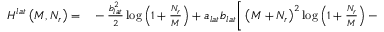
\begin{array} { r l } { H ^ { l a t } \left( M , N _ { r } \right) = } & { { } - \frac { b _ { l a t } ^ { 2 } } { 2 } \log \left( 1 + \frac { N _ { r } } { M } \right) + a _ { l a t } b _ { l a t } \bigg [ \left( M + N _ { r } \right) ^ { 2 } \log \left( 1 + \frac { N _ { r } } { M } \right) - } \end{array}